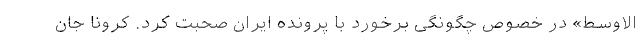
الاوسط» در خصوص چگونگی برخورد با پرونده ایران صحبت کرد. کرونا جان